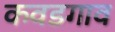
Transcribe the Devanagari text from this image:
कवडगाव